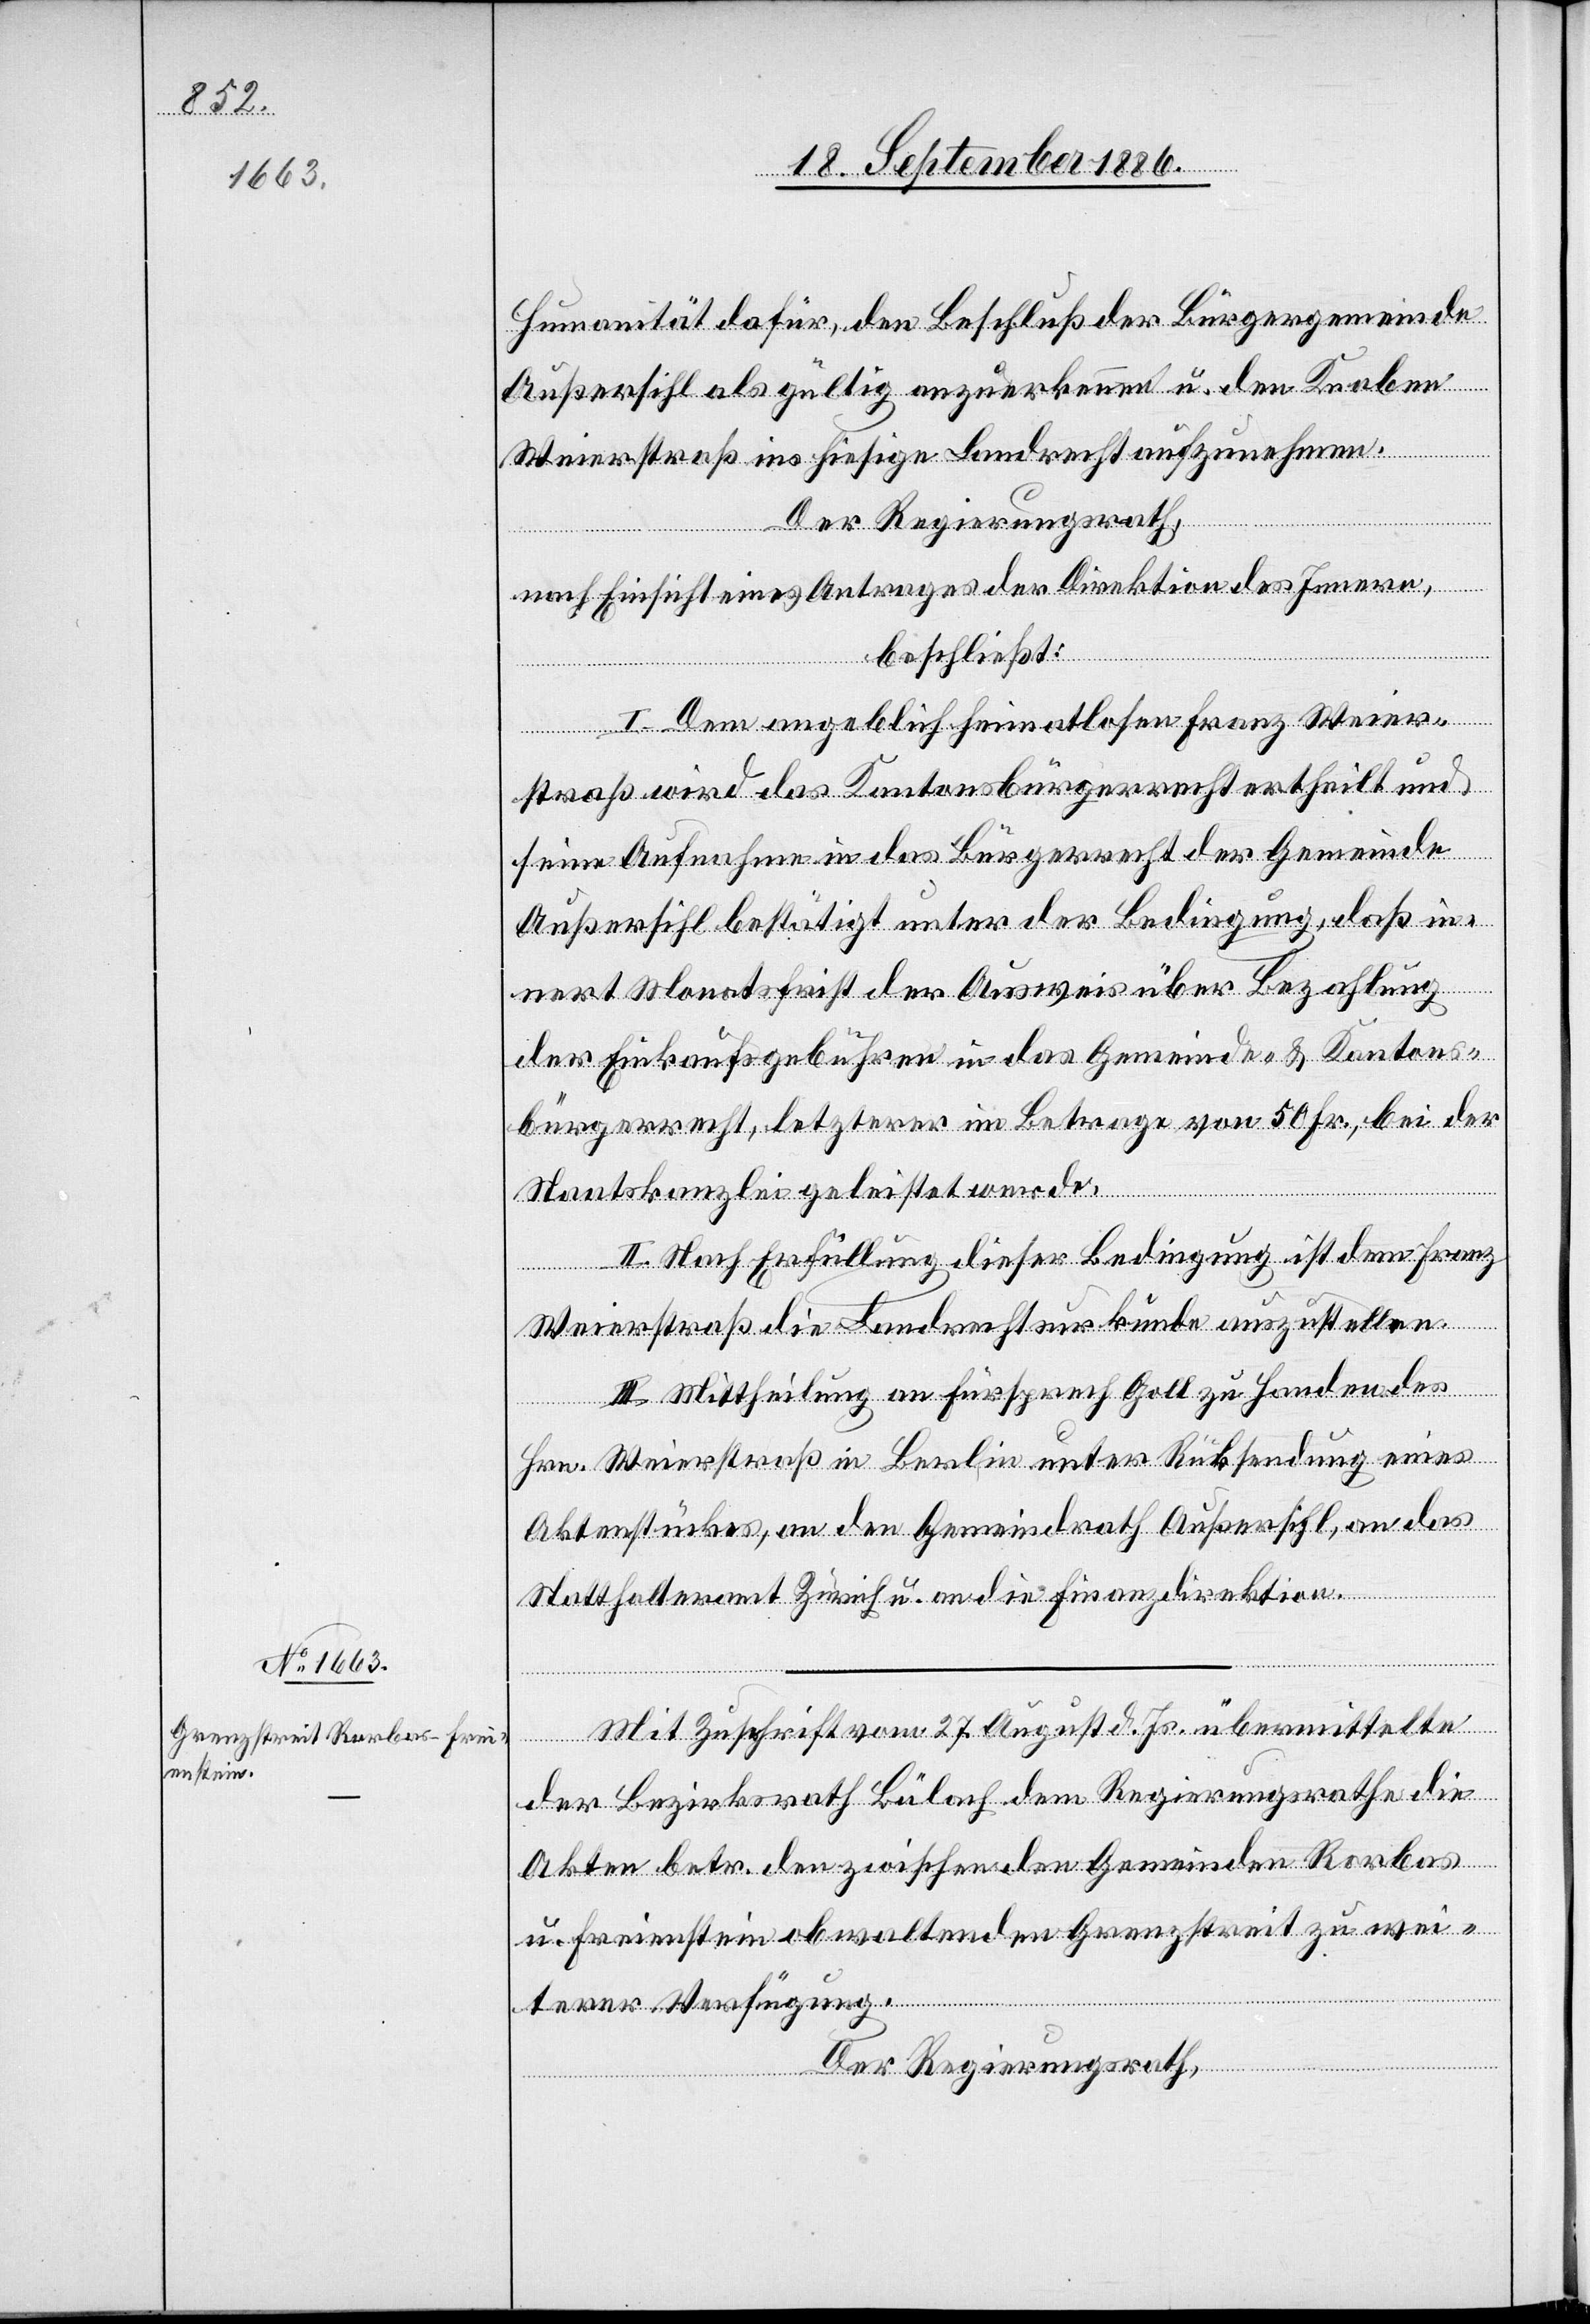
Humanität dafür, den Beschluß der Bürgergemeinde
Außersihl als gültig anzuerkennen u. den Knaben
Weierstraß ins hiesige Landrecht aufzunehmen.
Der Regierungsrath,
nach Einsicht eines Antrages der Direktion des Innern,
beschließt:
I. Dem angeblich heimatlosen Franz Weier¬
straß wird das Kantonsbürgerrecht ertheilt und
seine Aufnahme in das Bürgerrecht der Gemeinde
Außersihl bestätigt unter der Bedingung, daß in¬
nert Monatsfrist der Ausweis über Bezahlung
der Einkaufsgebühren in das Gemeinde- & Kantons¬
bürgerrecht, letzterer im Betrage von 50 Fr., bei der
Staatskanzlei geleistet werde.
II. Nach Erfüllung dieser Bedingung ist dem Franz
Weierstraß die Landrechtsurkunde auszustellen.
III. Mittheilung an Fürsprech Goll zu Handen des
Hrn. Weierstraß in Berlin unter Rücksendung eines
Aktenstückes, an den Gemeindrath Außersihl, an das
Statthalteramt Zürich u. an die Finanzdirektion.
Mit Zuschrift vom 27. August d. Js. übermittelte
der Bezirksrath Bülach dem Regierungsrathe die
Akten betr. den zwischen den Gemeinden Rorbas
u. Freienstein obwaltenden Grenzstreit zu wei¬
terer Verfügung.
Der Regierungsrath,